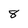
Character: 8